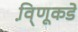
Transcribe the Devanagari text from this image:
वि़्णूकडे